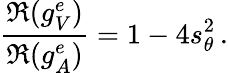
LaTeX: \frac{\Re(g_{V}^{e})}{\Re(g_{A}^{e})}=1-4s_{\theta}^{2}\, .